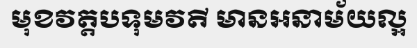
មុខវត្តបទុមវតី មានអនាម័យល្អ